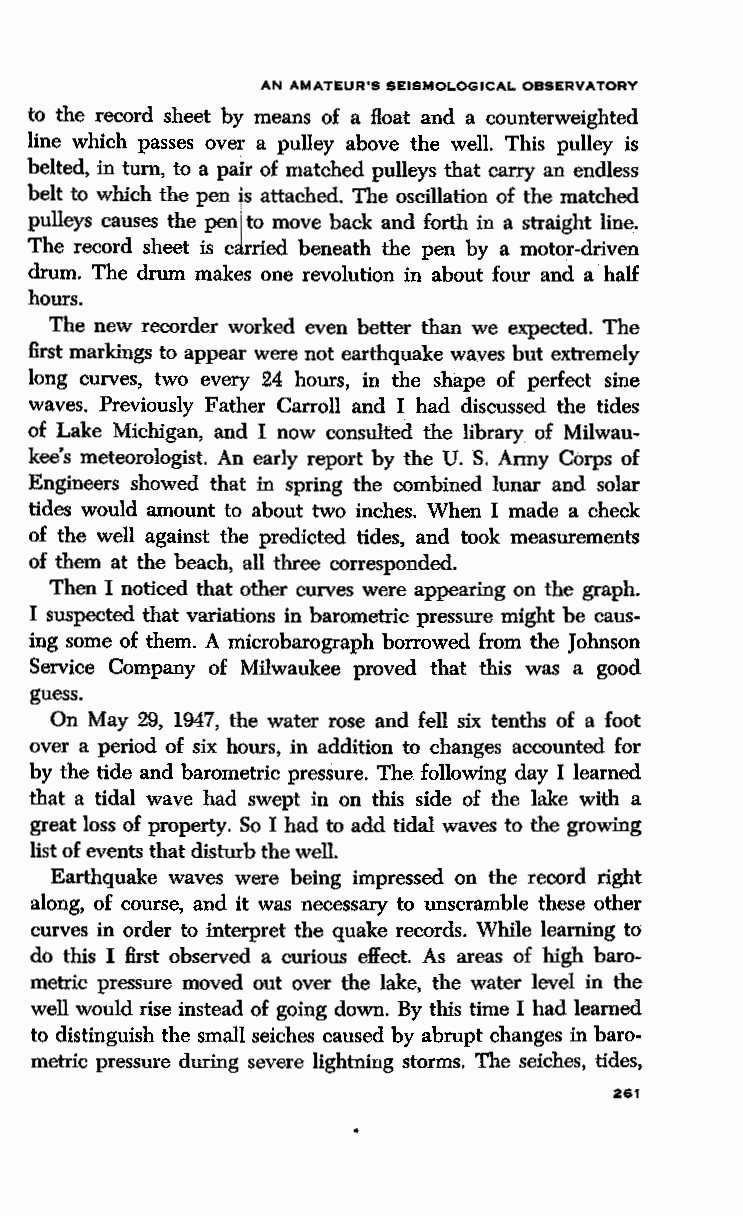
AN AMATEUR'S SEISMOLOGICAL OBSERVATORY
 to the record sheet bJ means of a float and a counterweighted
 line which passes over a pulley above the well. This pulley is
 belted, in turn, to a paf of matched pulleys that carry an endless
 belt to which the pen f~ attached. The oscillation of the matched
 pulleys causes the pen to move back and forth in a straight line.
 1
 The record sheet is carried beneath the pen by a motor-driven
 drum. The drum makes one revolution in about four and a half
 hours.
 The new recorder worked even better than we expected. The
 first markings to appear were not earthquake waves but extremely
 long curves, two every 24 hours, in the shape of perfect sine
 waves. Previously Father Carroll and I had discussed the tides
 of Lake Michigan, and I now consulted the library of Milwau
 kee's meteorologist. An early report by the U. S. Army Corps of
 Engineers showed that in spring the combined lunar and solar
 tides would amount to about two inches. When I made a check
 of the well against the predicted tides, and took measurements
 of them at the beach, all three corresponded.
 Then I noticed that other curves were appearing on the graph.
 I suspected that variations in barometric pressure might be caus
 ing some of them. A microbarograph borrowed from the Johnson
 Service Company of Milwaukee proved that this was a good
 guess.
 On May 29, 1947, the water rose and fell six tenths of a foot
 over a period of six hours, in addition to changes accounted for
 by the tide and barometric pressure. The following day I learned
 that a tidal wave had swept in on this side of the lake with a
 great loss of property. So I had to add tidal waves to the growing
 list of events that disturb the well.
 Earthquake waves were being impressed on the record right
 along, of course, and it was necessary to unscramble these other
 curves in order to interpret the quake records. While learning to
 do this I first observed a curious effect. As areas of high baro
 metric pressure moved out over the lake, the water level in the
 well would rise instead of going down. By this time I had learned
 to distinguish the small seiches caused by abrupt changes in baro
 metric pressure during severe lightning storms. The seiches, tides,
 261